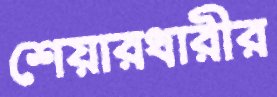
শেয়ারধারীর